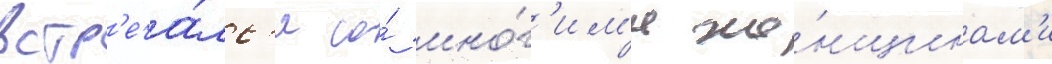
встр'еча́лс'я со́ мно́г'им'и же́нщинам'и